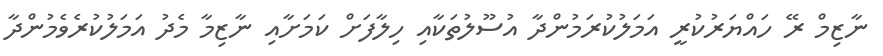
ނާޒިމް ރޭ ހައްޔަރުކުރީ އަމަލުކުރަމުންދާ އުސޫލުތަކާއި ހިލާފަށް ކަމަށާއި ނާޒިމާ މެދު އަމަލުކުރެވެމުންދާ